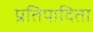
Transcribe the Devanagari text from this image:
प्रतिपादिता